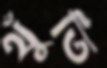
থুঁতি